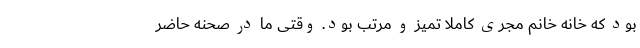
بود که خانه خانم مجری کاملا تمیز و مرتب بود. وقتی ما در صحنه حاضر